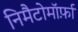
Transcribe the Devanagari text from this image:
निमैटोमॉर्फ़ा